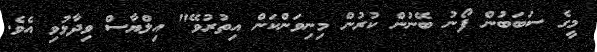
މީގެ ސަބަބުން ފޯނު ބޭނުން ކުރުން މިނިވަންކަން އިތުރުވޭ" އިލްޔާސް ވިދާޅުވި އެވެ.